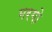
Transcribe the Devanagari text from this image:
मरग़ो